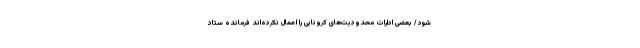
شود / بعضی ادارات محدودیت‌های کرونایی را اعمال نکرده‌اند فرمانده ستاد